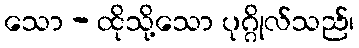
သော - ထိုသို့သော ပုဂ္ဂိုလ်သည်၊